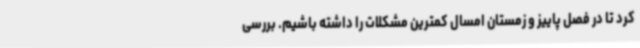
کرد تا در فصل پاییز و زمستان امسال کمترین مشکلات را داشته باشیم. بررسی